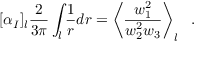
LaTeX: [ \alpha _ { I } ] _ { l } \frac { 2 } { 3 \pi } \int _ { l } \frac { 1 } { r } d r = \left< \frac { w _ { 1 } ^ { 2 } } { w _ { 2 } ^ { 2 } w _ { 3 } } \right> _ { l } ~ ~ .